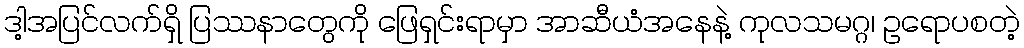
ဒါ့အပြင်လက်ရှိ ပြဿနာတွေကို ဖြေရှင်းရာမှာ အာဆီယံအနေနဲ့ ကုလသမဂ္ဂ၊ ဥရောပစတဲ့